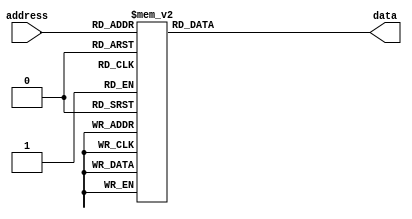
module rom(
	input  [3:0] address,
	output [7:0] data
);

	function [7:0] select;
		input [3:0]	address;
		case (address)

			//Ramen timer!
			4'b0000: select = 8'b10110111; // OUT 0111
			4'b0001: select = 8'b00000001; // ADD A,0001
			4'b0010: select = 8'b11100001; // JNC 0001
			4'b0011: select = 8'b00000001; // ADD A,0001
			4'b0100: select = 8'b11100011; // JNC 0011
			4'b0101: select = 8'b10110110; // OUT 0110
			4'b0110: select = 8'b00000001; // ADD A,0001
			4'b0111: select = 8'b11100110; // JNC 0110
			4'b1000: select = 8'b00000001; // ADD A,0001
			4'b1001: select = 8'b11101000; // JNC 1000
			4'b1010: select = 8'b10110000; // OUT 0000
			4'b1011: select = 8'b10110100; // OUT 0100
			4'b1100: select = 8'b00000001; // ADD 0001
			4'b1101: select = 8'b11101010; // JNC 1010
			4'b1110: select = 8'b10111000; // OUT 1000
			4'b1111: select = 8'b11111111; // JMP 1111
			default: select = 8'bxxxxxxxx;
			
			/*
			//LED chikachika!
			4'b0000: select = 8'b10110011; // OUT 0011
			4'b0001: select = 8'b10110110; // OUT 0110
			4'b0010: select = 8'b10111100; // OUT 1100
			4'b0011: select = 8'b10111000; // OUT 1000
			4'b0100: select = 8'b10111000; // OUT 1000
			4'b0101: select = 8'b10111100; // OUT 1100
			4'b0110: select = 8'b10110110; // OUT 0110
			4'b0111: select = 8'b10110011; // OUT 0011
			4'b1000: select = 8'b10110001; // OUT 0001
			4'b1001: select = 8'b11110000; // JMP 0000
			4'b1010: select = 8'b00000000;
			4'b1011: select = 8'b00000000;
			4'b1100: select = 8'b00000000;
			4'b1101: select = 8'b00000000;
			4'b1110: select = 8'b00000000;
			4'b1111: select = 8'b00000000;
			default: select = 8'bxxxxxxxx;
			*/
		endcase
	endfunction
	
	assign data = select(address);

endmodule